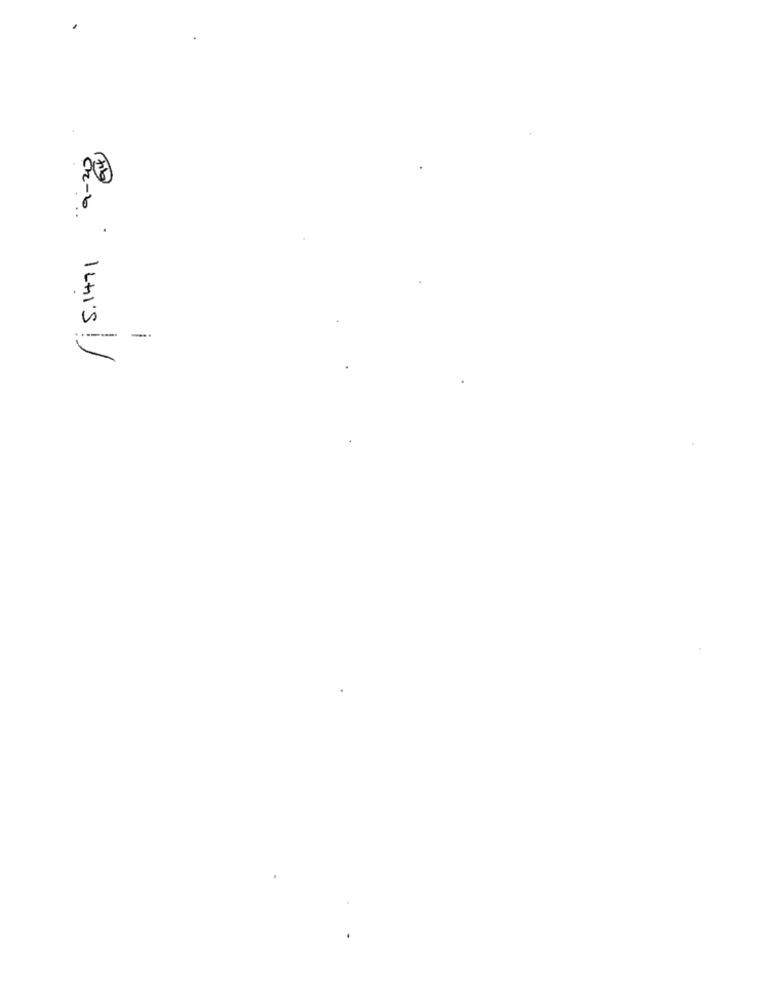
--
-.